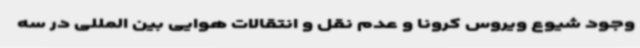
وجود شیوع ویروس کرونا و عدم نقل و انتقالات هوایی بین المللی در سه